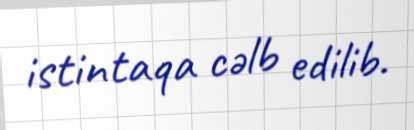
istintaqa cəlb edilib.